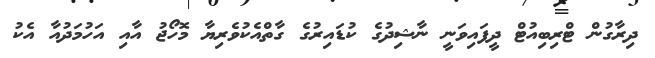
ދިރާގުން ޓްރިބިއުޓް ދީފައިވަނީ ނާޝިދުގެ ކުޑައިރުގެ ގާތްއެކުވެރިޔާ މޮހޯޖު އާއި އަހުމަދުއާ އެކު